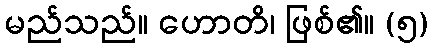
မည်သည်။ ဟောတိ၊ ဖြစ်၏။ (၅)